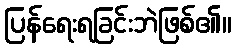
ပြန်ရေးရခြင်းဘဲဖြစ်၏။